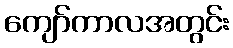
ကျော်ကာလအတွင်း